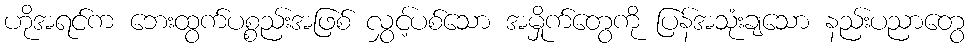
ဟိုအရင်က ဘေးထွက်ပစ္စည်းအဖြစ် လွှင့်ပစ်သော အမှိုက်တွေကို ပြန်အသုံးချသော နည်းပညာတွေ